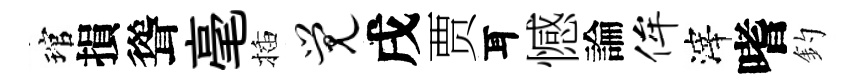
琯損聳毫插觉戌贾耳憾論侔滓嗜釣